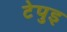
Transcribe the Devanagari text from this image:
टेपुइ